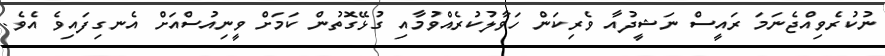
ނުކުރެވިއްޖެނަމަ ރައީސް ނަޝީދުއާ ވެރިކަން ހަވާލުކުރެއްވުމާއި ގުޅޭގޮތުން ކަމަށް ވީނިއުސްއަށް އެނގިފައިވެ އެވެ.